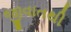
જીવાતથી